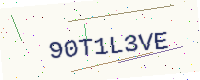
Text: 90T1L3VE